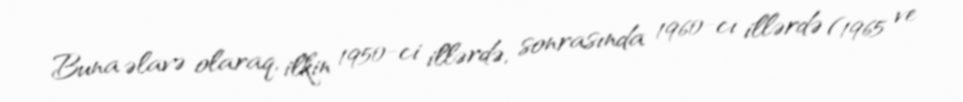
Buna əlavə olaraq, ilkin 1950-ci illərdə, sonrasında 1960-cı illərdə (1965 ve